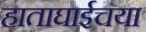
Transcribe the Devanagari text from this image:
हाताघाईचया